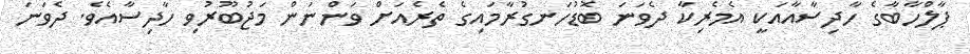
ޕާލްހާބާގެ ހާދިސާއާއަކީ އެމެރިކާ ދެވަނަ ބޮޑުހަނގުރާމައިގެ ތެެރެއަށް ވަންނަން މަޖުބޫރުވި ހާދިސާއެވެ. ދެވަނަ